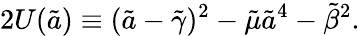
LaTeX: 2U(\tilde{a})\equiv(\tilde{a}-{\tilde{\gamma}})^{2}-\tilde{\mu}{\tilde{a}}^{4}-{\tilde{\beta}}^{2}.